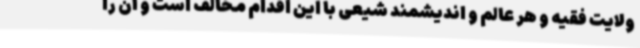
ولایت فقیه و هر عالم و اندیشمند شیعی با این اقدام مخالف است و آن را